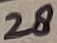
Text: 28